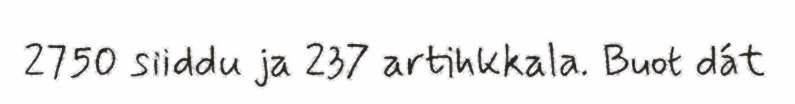
2750 siiddu ja 237 artihkkala. Buot dát